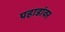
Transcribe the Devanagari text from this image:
पहाडांवर